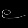
Digit: ၉